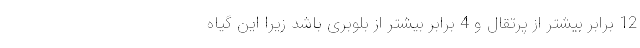
12 برابر بیشتر از پرتقال و 4 برابر بیشتر از بلوبری باشد زیرا این گیاه